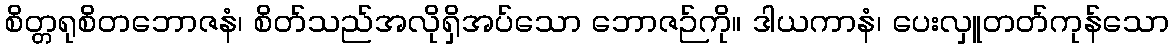
စိတ္တရုစိတဘောဇနံ၊ စိတ်သည်အလိုရှိအပ်သော ဘောဇဉ်ကို။ ဒါယကာနံ၊ ပေးလှူတတ်ကုန်သော